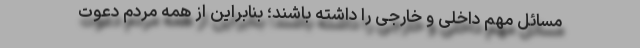
مسائل مهم داخلی و خارجی را داشته باشند؛ بنابراین از همه مردم دعوت